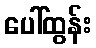
ပေါ်ထွန်း